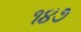
૧૪૭